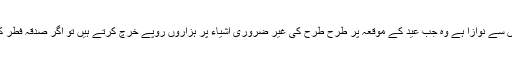
صدقہ کی ہر زائد مقدار بہرحال افضل ہے وہ اہل ایمان جن کو اللہ نے مالی وسعتوں سے نوازا ہے وہ جب عید کے موقعہ پر طرح طرح کی غیر ضروری اشیاء پر ہزاروں روپے خرچ کرتے ہیں تو اگر صدقہ فطر کے لئے بھی برتر مقدار کا انتخاب کریں تو اس کے افضل ہونے میں کیا شک ہے۔